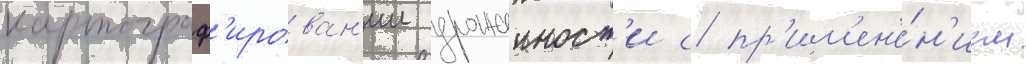
картограф'ирован'ии урожаиност'и с пр'им'ен'е́н'ием